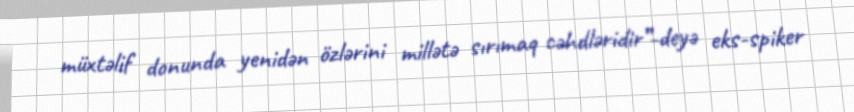
müxtəlif donunda yenidən özlərini millətə sırımaq cəhdləridir”-deyə eks-spiker